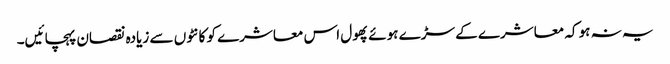
یہ نہ ہو کہ معاشرے کے سڑے ہوئے پھول اس معاشرے کو کانٹوں سے زیادہ نقصان پہچائیں۔